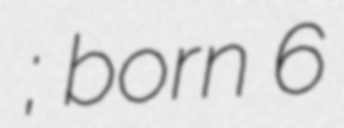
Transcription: فؤاد حجازي; born 6